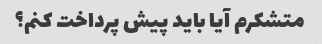
متشکرم آیا باید پیش پرداخت کنم؟